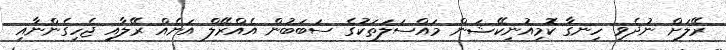
ރޭލަށް ނުދެވި ހިނގާ ކޮމިއުނިކޭޝަން މައްސަލަތަކުގެ ސަބަބުން އެއްރޭލް އަނެއް ރޭލާއި ޖެހިގެންނާއި